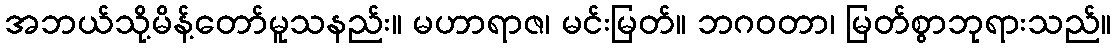
အဘယ်သို့မိန့်တော်မူသနည်း။ မဟာရာဇ၊ မင်းမြတ်။ ဘဂဝတာ၊ မြတ်စွာဘုရားသည်။